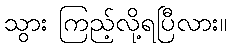
သွား ကြည့်လို့ရပြီလား။